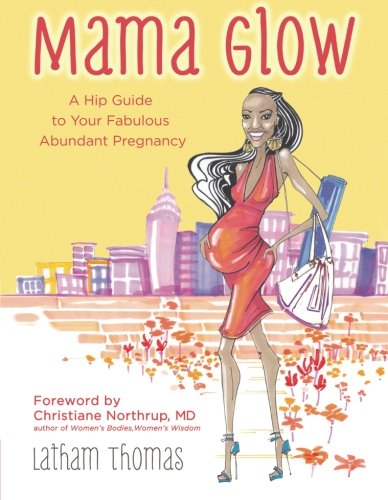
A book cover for Mama Glow: A Hip Guide to Your Fabulous Abundant Pregnancy; Latham Thomas; Health, Fitness & Dieting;